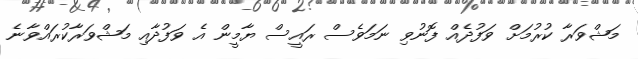
މަޝްވަރާ ކުރުމަށް ވަފުދެއް ފޮނުވި ނަމަވެސް ރައީސް ޔާމީން އެ ވަފުދާއި މަޝްވަރާކުރައްވާނެ